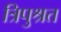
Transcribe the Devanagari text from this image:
त्रिपुश्रत